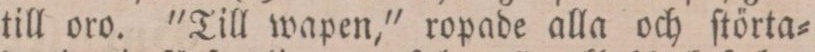
till oro. 'Till wapen,' ropade alla och ſtörta=